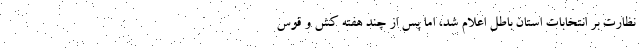
نظارت بر انتخابات استان باطل اعلام شد، اما پس از چند هفته کش و قوس